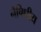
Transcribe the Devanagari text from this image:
नैषिधीय